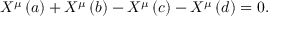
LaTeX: X ^ { \mu } \left( a \right) + X ^ { \mu } \left( b \right) - X ^ { \mu } \left( c \right) - X ^ { \mu } \left( d \right) = 0 .